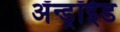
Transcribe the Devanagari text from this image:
अँन्ड्रॉईड